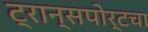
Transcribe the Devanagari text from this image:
ट्रान्सपोर्टचा